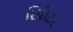
રિપીટર